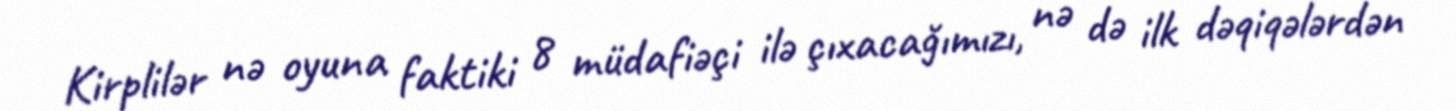
Kirplilər nə oyuna faktiki 8 müdafiəçi ilə çıxacağımızı, nə də ilk dəqiqələrdən